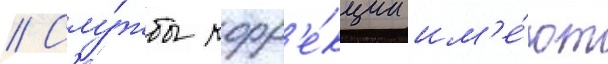
// Слу́жбы корр'е́кции им'е́ют